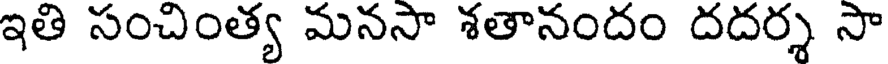
ఇతి సంచింత్య మనసా శతానందం దదర్శ సా